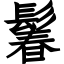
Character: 鬊